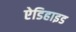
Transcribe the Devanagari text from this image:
ऐडिहाइड